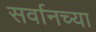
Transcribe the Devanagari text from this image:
सर्वानच्या